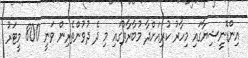
އިންޑޮނީޝިޔާގައި މިހާރު ކުރިއަށްދާ މުބާރާތުގައި މި ދެ ދުވުންތެރިން ވަނީ 800 މީޓަރު